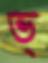
ভ্